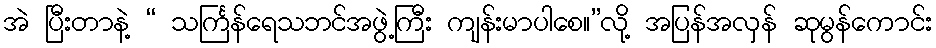
အဲ ပြီးတာနဲ့ “ သင်္ကြန်ရေသဘင်အဖွဲ့ကြီး ကျန်းမာပါစေ။”လို့ အပြန်အလှန် ဆုမွန်ကောင်း